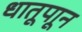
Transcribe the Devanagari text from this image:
धातूपाून